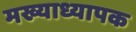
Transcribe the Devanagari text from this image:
मख्याध्यापक